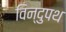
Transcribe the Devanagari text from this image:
विन्दुपथ